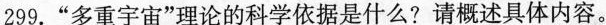
299.”多重宇宙”理论的科学依据是什么?请概述具体内容。